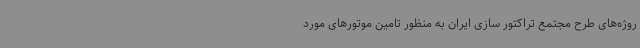
روژه‌های طرح مجتمع تراکتور سازی ایران به منظور تامین موتورهای مورد